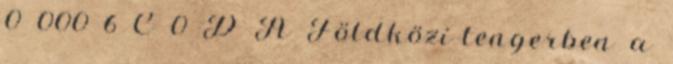
0 000 6 C 0 D A Földközi-tengerben a